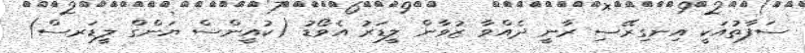
ސަފާތުއަކީ އިނގިރޭސި ރާނީ ދެއްވާ ޒުވާން ލީޑަރު އެވޯޑު (ކުއީންސް ޔަންގް ލީޑަރސް)